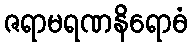
ဇရာမရဏနိရောဓံ